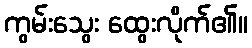
ကွမ်းသွေး ထွေးလိုက်၏။